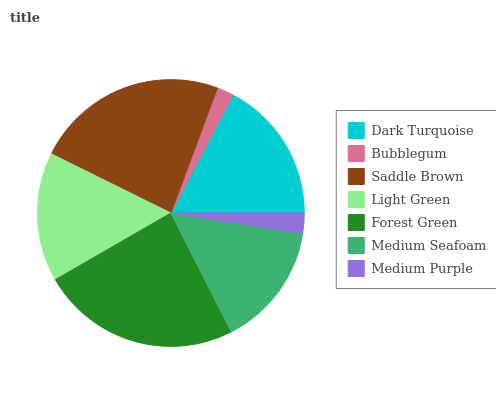
| Dark Turquoise | Bubblegum | Saddle Brown | Light Green | Forest Green | Medium Seafoam | Medium Purple |
 | --- | --- | --- | --- | --- | --- | --- |
 | 17.3% | 2.05% | 23.4% | 15.6% | 24.2% | 15.1% | 2.43% |